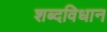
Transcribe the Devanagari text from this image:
शब्दविधान